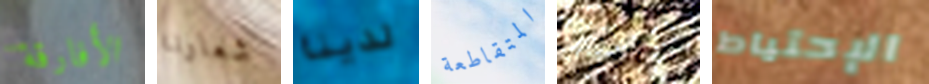
الأفارقة شعارنا لدينا المتقاطعة إنسحب الإحتياط